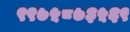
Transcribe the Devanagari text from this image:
९९७५८७३५६९